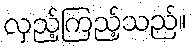
လှည့်ကြည့်သည်။